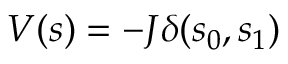
V ( s ) = - J \delta ( s _ { 0 } , s _ { 1 } )